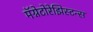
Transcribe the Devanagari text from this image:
मॅग्नेटोरेझिस्टन्स